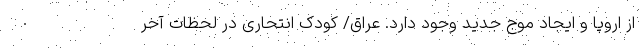
از اروپا و ایجاد موج جدید وجود دارد. عراق/ کودک انتحاری در لحظات آخر